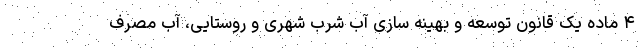
۴ ماده یک قانون توسعه و بهینه سازی آب شرب شهری و روستایی، آب مصرف